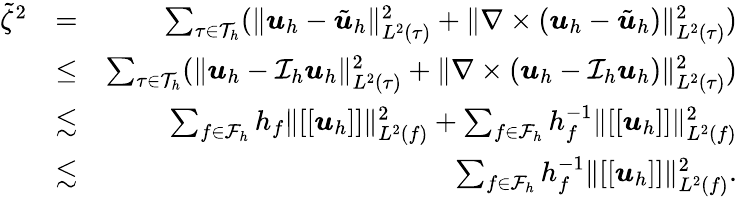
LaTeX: \begin{array}{rlr}{\tilde{\zeta}^{2}}&{=}&{\sum_{\tau\in\mathcal{T}_{h}}(\| \boldsymbol{u}_{h}-\tilde{\boldsymbol{u}}_{h}\| _{{L}^{2}(\tau)}^{2}+\| \nabla\times(\boldsymbol{u}_{h}-\tilde{\boldsymbol{u}}_{h})\| _{{L}^{2}(\tau)}^{2})}\\ &{\leq}&{\sum_{\tau\in\mathcal{T}_{h}}(\| \boldsymbol{u}_{h}-\mathcal{I}_{h}\boldsymbol{u}_{h}\| _{{L}^{2}(\tau)}^{2}+\| \nabla\times(\boldsymbol{u}_{h}-\mathcal{I}_{h}\boldsymbol{u}_{h})\| _{{L}^{2}(\tau)}^{2})}\\ &{\lesssim}&{\sum_{f\in\mathcal{F}_{h}}h_{f}\| [[\boldsymbol{u}_{h}]]\| _{L^{2}(f)}^{2}+\sum_{f\in\mathcal{F}_{h}}h_{f}^{-1}\| [[\boldsymbol{u}_{h}]]\| _{L^{2}(f)}^{2}}\\ &{\lesssim}&{\sum_{f\in\mathcal{F}_{h}}h_{f}^{-1}\| [[\boldsymbol{u}_{h}]]\| _{L^{2}(f)}^{2}.}\end{array}